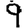
Digit: 9